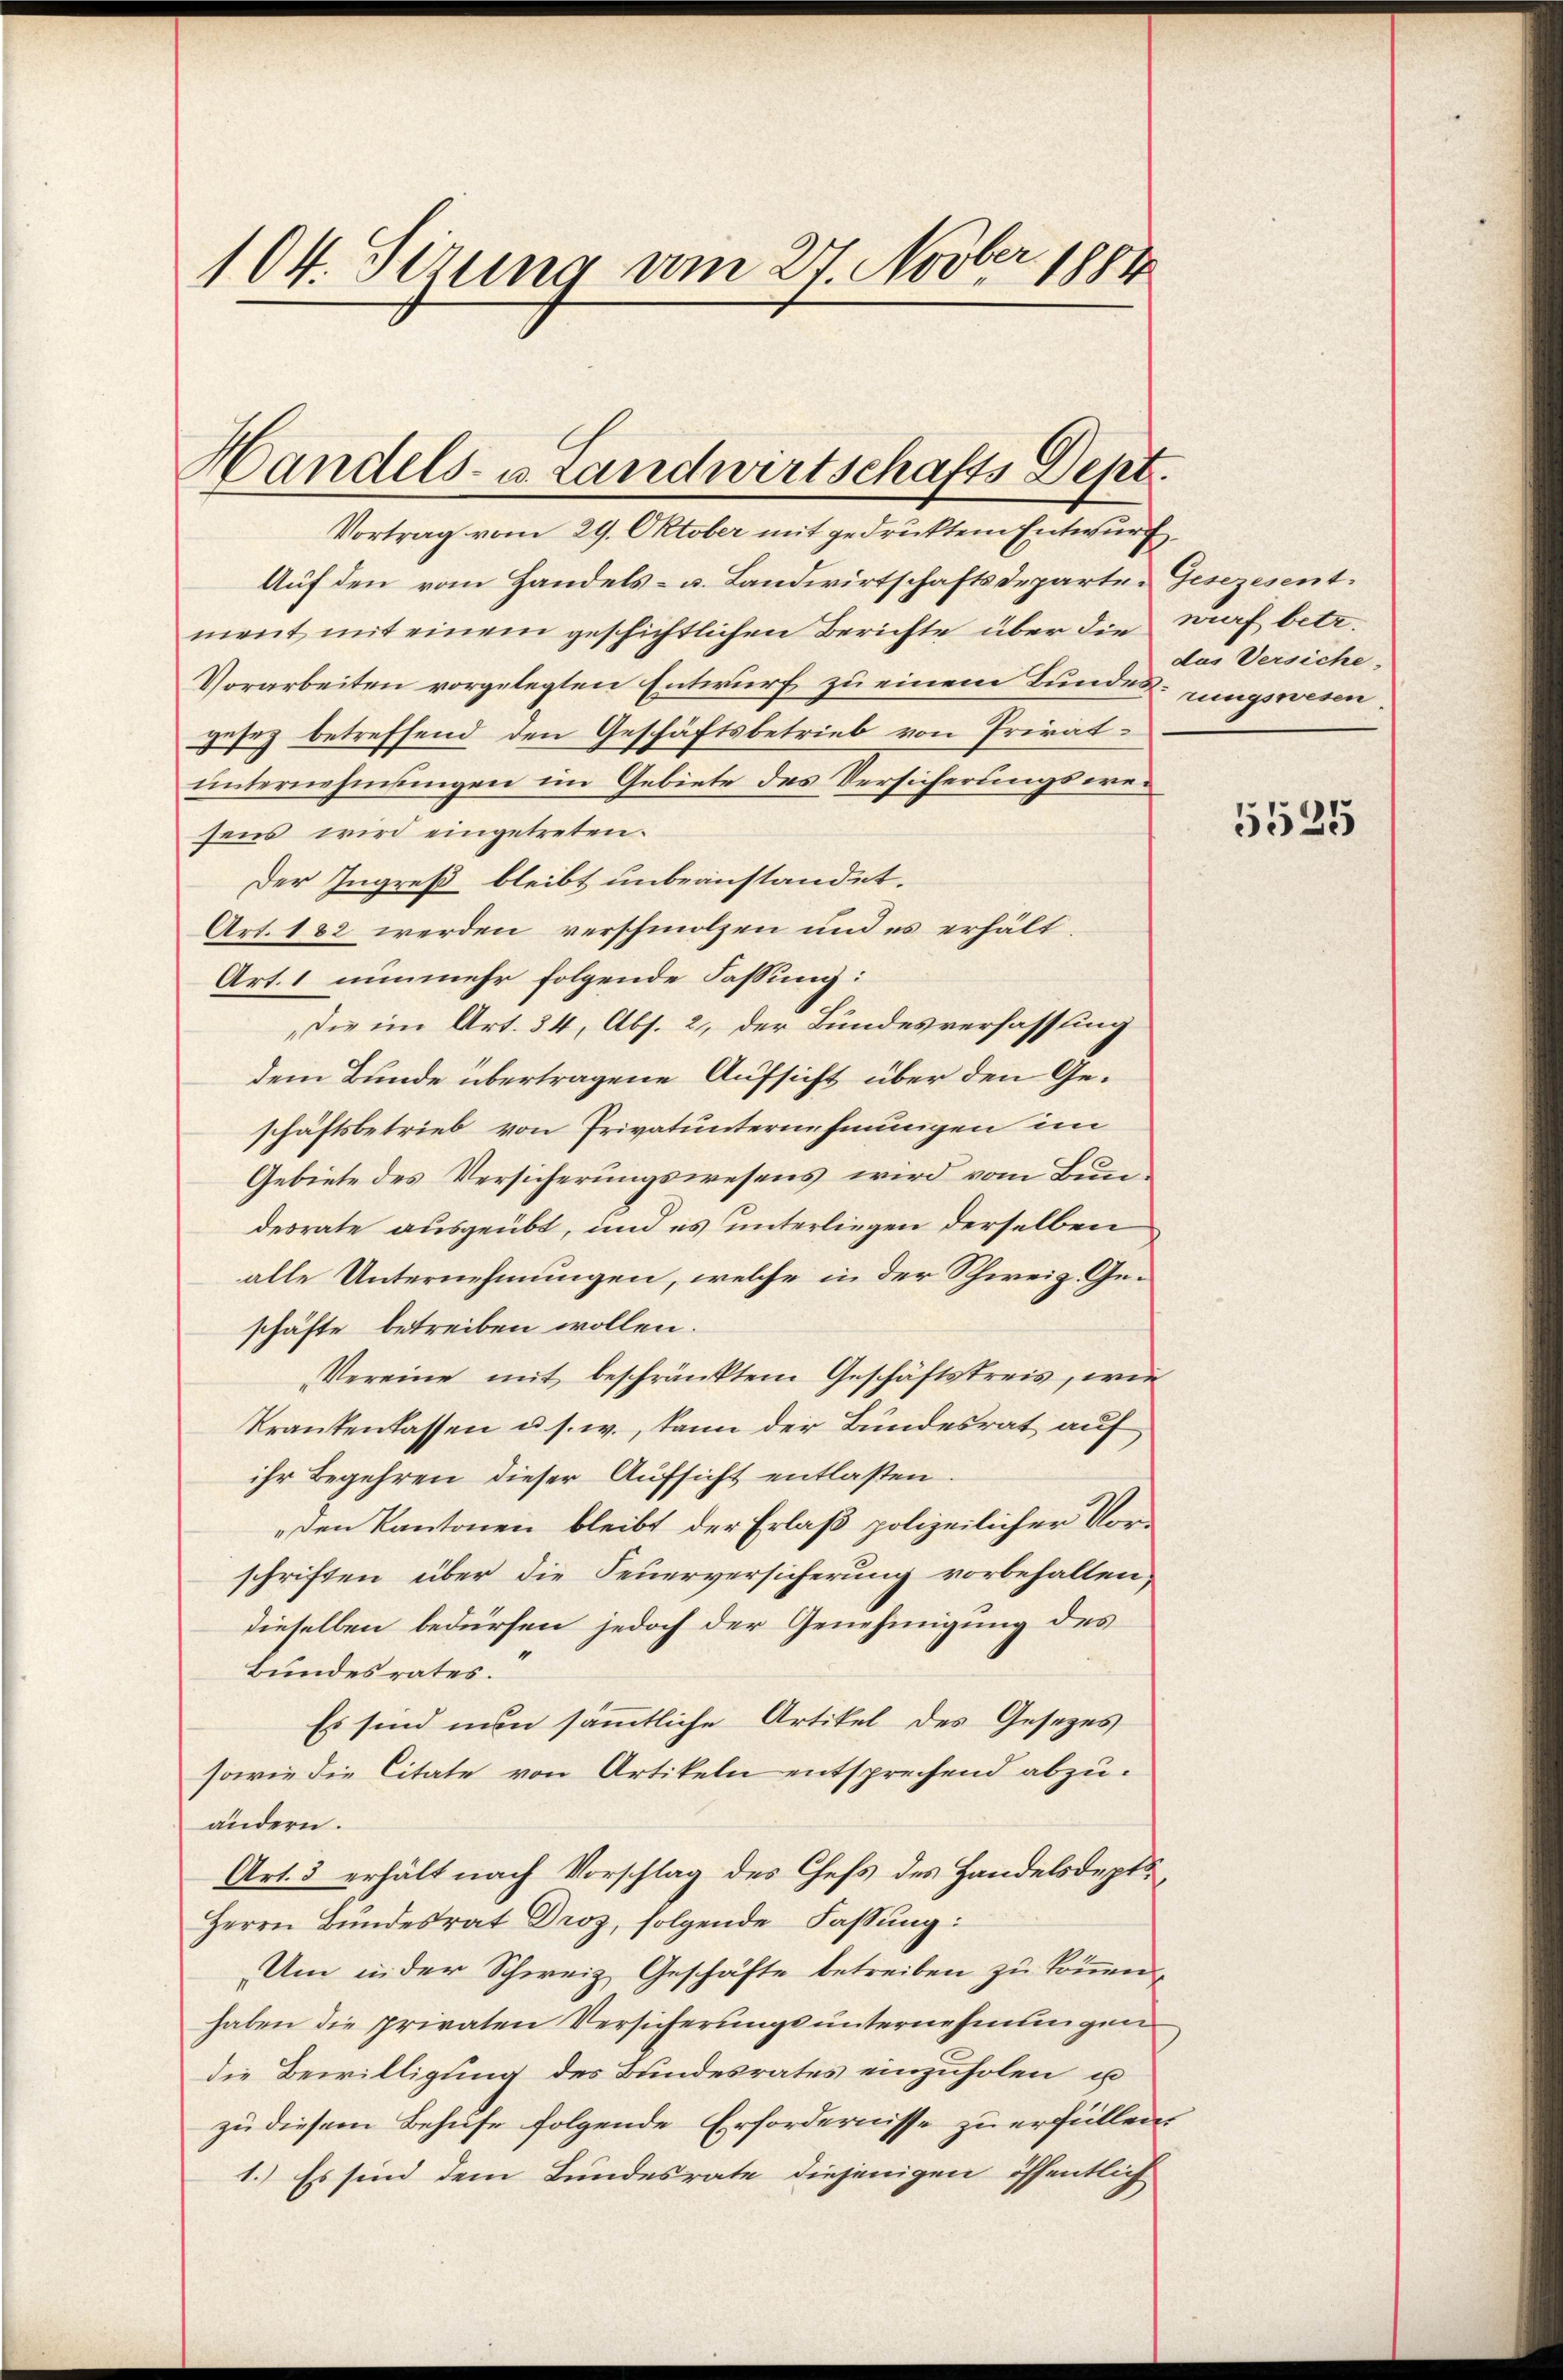
104. Sizung vom 27. Novber 1884

Handels- u. Landwirtschafts Dept.
Vortrag vom 29. Oktober mit gedrucktem Entwurf

Auf den vom Handels- u. Landwirtschaftsdeparten Gesezesentment mit einem geschichtlichen Berichte über die auf betr.
Vorarbeiten vorgelegten Entwurf zu einem Bunderungswesen.
gesez betreffend den Geschäftsbetrieb von Privatunternehmungen im Gebiete des Versicherungswesens wird eingetreten.
Der Ingreß bleibt unbeanstandet.
Art. 182 werden verschmolzen und es erhält.
Art. 1 nunmehr folgende Fassung:
Die im Art. 34, Abs. 2, der Bundesverfassung
dem Bunde übertragene Aufsicht über den Geschäftsbetrieb von Privatunternehmungen im
Gebiete des Versicherungswesens wird vom Bundesrate ausgeübt, und es unterliegen derselben
alle Unternehmungen, welche in der Schweiz. Geschäfte betreiben wollen.
Vereine mit beschränktem Geschäftskreis, wie
krankenlassen u. s. w., kann der Bundesrat auf
ihr Begehren dieser Aufsicht entlaßen
den Kantonen bleibt der Erlaß polizeilicher Vorschriften über die Feuerversicherung vorbefallen,
dieselben bedürfen jedoch der Genehmigung des
Bundesrates.
Es sind nun sämmtliche Artikel des Gesetzes
sowie die Citate von Artikeln entsprechend abzuändern.
Art. 3 erhält nach Vorschlag des Chefs des Handelsdepts¬
Herrn Bŭndesrat Droz, folgende Fassung:
Um in der Schweiz Geschäfte betreiben zu können,
haben die privaten Versicherungsunternehmungen
die Bewilligung des Bundesrates einzuholen u
zu diesem Behufe folgende Erfordernisse zu erfüllen.
1.) Es sind dem Bundesrate diejenigen öffentlich

das Versiche

5525